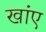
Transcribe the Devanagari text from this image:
खांए